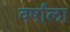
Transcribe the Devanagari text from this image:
वर्षांला